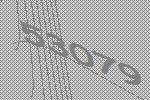
53079